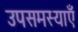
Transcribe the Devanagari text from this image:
उपसमस्याएँ